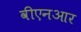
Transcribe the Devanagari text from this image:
वीएनआर